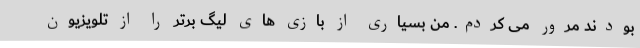
بودند مرور می کردم. من بسیاری از بازی های لیگ برتر را از تلویزیون